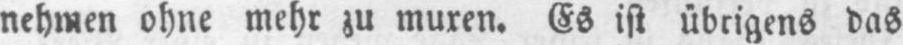
nehmen ohne mehr zu muxen. Es ist übrigens das